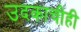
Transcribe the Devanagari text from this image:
उदकाचीही